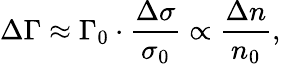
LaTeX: \Delta\Gamma\approx\Gamma_{0}\cdot\frac{\Delta\sigma}{\sigma_{0}}\propto\frac{\Delta n}{n_{0}},